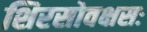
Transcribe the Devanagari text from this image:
शिरसोवक्षसः